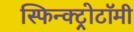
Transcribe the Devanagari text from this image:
स्फिन्क्ट्रोटॉमी